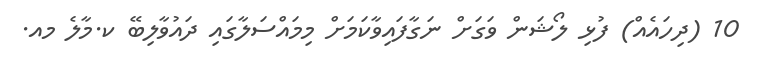
10 (ދިހައެއް) ފުޅި ލޯޝަން ވަގަށް ނަގާފައިވާކަމަށް މިމައްސަލާގައި ދައުވާލިބޭ ކ.މާލެ މއ.